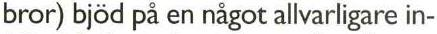
bror) bjöd på en nägot allvarligare in-